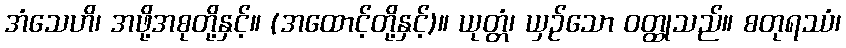
အံသေဟိ၊ အဖို့အစုတို့နှင့်။ (အထောင့်တို့နှင့်)။ ယုတ္တံ၊ ယှဉ်သော ဝတ္ထုသည်။ စတုရဿံ၊